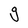
Character: g